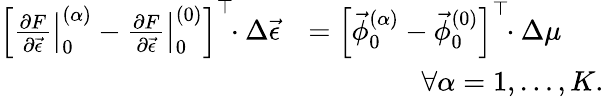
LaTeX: \begin{array}{rl}{\left[\left.\frac{\partial F}{\partial\vec{\epsilon}}\right|_{0}^{(\alpha)}-\left.\frac{\partial F}{\partial\vec{\epsilon}}\right|_{0}^{(0)}\right]^{\top}\! \! \cdot\Delta\vec{\epsilon}}&{=\left[\vec{\phi}_{0}^{(\alpha)}-\vec{\phi}_{0}^{(0)}\right]^{\top}\! \! \cdot\Delta\mu}\\ &{\qquad\qquad\forall\alpha=1,\ldots,K.}\end{array}